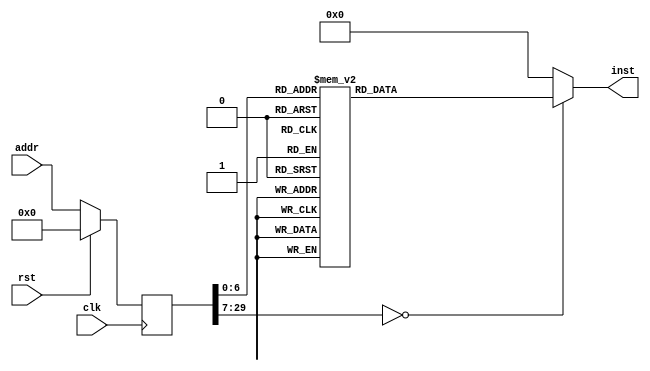
module Pixel(input clk, input rst, input [29:0] addr, output reg [31:0] inst);
reg [29:0] addr_r;
always @(posedge clk)
begin
addr_r <= (rst) ? (30'b0) : (addr);
end
always @(*)
begin
case(addr_r)
30'h00000000: inst = 32'h27bdffd0;
30'h00000001: inst = 32'hafa00010;
30'h00000002: inst = 32'h2402ff00;
30'h00000003: inst = 32'hafa00014;
30'h00000004: inst = 32'hafa20018;
30'h00000005: inst = 32'hafa0001c;
30'h00000006: inst = 32'h24020257;
30'h00000007: inst = 32'h8fa3001c;
30'h00000008: inst = 32'h00000000;
30'h00000009: inst = 32'h0043102b;
30'h0000000a: inst = 32'h1440fffa;
30'h0000000b: inst = 32'h00000000;
30'h0000000c: inst = 32'hafa00020;
30'h0000000d: inst = 32'h2402031f;
30'h0000000e: inst = 32'h8fa30020;
30'h0000000f: inst = 32'h00000000;
30'h00000010: inst = 32'h0043102b;
30'h00000011: inst = 32'h1440003c;
30'h00000012: inst = 32'h00000000;
30'h00000013: inst = 32'h8fa2001c;
30'h00000014: inst = 32'h00000000;
30'h00000015: inst = 32'hafa20024;
30'h00000016: inst = 32'h8fa2001c;
30'h00000017: inst = 32'h00000000;
30'h00000018: inst = 32'h8fa30024;
30'h00000019: inst = 32'h00000000;
30'h0000001a: inst = 32'h24420064;
30'h0000001b: inst = 32'h0062102b;
30'h0000001c: inst = 32'h10400025;
30'h0000001d: inst = 32'h00000000;
30'h0000001e: inst = 32'h8fa20020;
30'h0000001f: inst = 32'h00000000;
30'h00000020: inst = 32'hafa20028;
30'h00000021: inst = 32'h8fa20020;
30'h00000022: inst = 32'h00000000;
30'h00000023: inst = 32'h8fa30028;
30'h00000024: inst = 32'h00000000;
30'h00000025: inst = 32'h24420064;
30'h00000026: inst = 32'h0062102b;
30'h00000027: inst = 32'h10400015;
30'h00000028: inst = 32'h00000000;
30'h00000029: inst = 32'h8fa20024;
30'h0000002a: inst = 32'h00000000;
30'h0000002b: inst = 32'h8fa30028;
30'h0000002c: inst = 32'h00000000;
30'h0000002d: inst = 32'h00021280;
30'h0000002e: inst = 32'h00431021;
30'h0000002f: inst = 32'h3c031040;
30'h00000030: inst = 32'hafa20014;
30'h00000031: inst = 32'h8fa40018;
30'h00000032: inst = 32'h00000000;
30'h00000033: inst = 32'h00021080;
30'h00000034: inst = 32'h34630000;
30'h00000035: inst = 32'h00042203;
30'h00000036: inst = 32'h00431021;
30'h00000037: inst = 32'hac440000;
30'h00000038: inst = 32'h8fa20028;
30'h00000039: inst = 32'h00000000;
30'h0000003a: inst = 32'h24420001;
30'h0000003b: inst = 32'h08000020;
30'h0000003c: inst = 32'h00000000;
30'h0000003d: inst = 32'h8fa20024;
30'h0000003e: inst = 32'h00000000;
30'h0000003f: inst = 32'h24420001;
30'h00000040: inst = 32'h08000015;
30'h00000041: inst = 32'h00000000;
30'h00000042: inst = 32'h3c020f1a;
30'h00000043: inst = 32'h34428000;
30'h00000044: inst = 32'h8fa30018;
30'h00000045: inst = 32'h00000000;
30'h00000046: inst = 32'h00621021;
30'h00000047: inst = 32'hafa20018;
30'h00000048: inst = 32'h8fa20020;
30'h00000049: inst = 32'h00000000;
30'h0000004a: inst = 32'h24420064;
30'h0000004b: inst = 32'hafa20020;
30'h0000004c: inst = 32'h0800000d;
30'h0000004d: inst = 32'h00000000;
30'h0000004e: inst = 32'h8fa2001c;
30'h0000004f: inst = 32'h00000000;
30'h00000050: inst = 32'h24420064;
30'h00000051: inst = 32'hafa2001c;
30'h00000052: inst = 32'h08000006;
30'h00000053: inst = 32'h00000000;
default:      inst = 32'h00000000;
endcase
end
endmodule